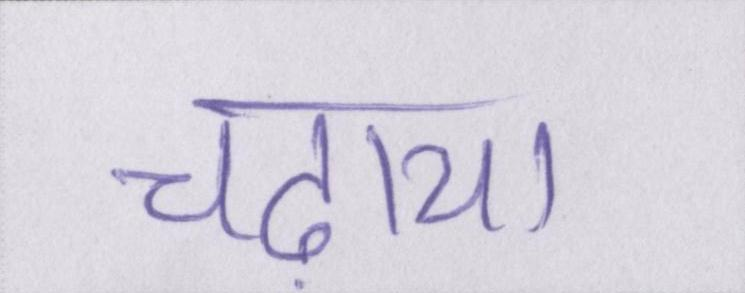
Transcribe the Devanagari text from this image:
चढ़ाया